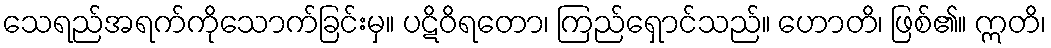
သေရည်အရက်ကိုသောက်ခြင်းမှ။ ပဋိဝိရတော၊ ကြည်ရှောင်သည်။ ဟောတိ၊ ဖြစ်၏။ ဣတိ၊